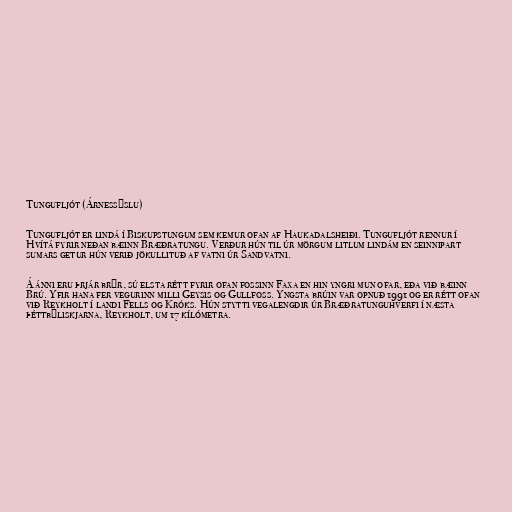
Tungufljót (Árnessýslu)

Tungufljót er lindá í Biskupstungum sem kemur ofan af Haukadalsheiði. Tungufljót rennur í
Hvítá fyrir neðan bæinn Bræðratungu. Verður hún til úr mörgum litlum lindám en seinnipart
sumars getur hún verið jökullituð af vatni úr Sandvatni.

Á ánni eru þrjár brýr, sú elsta rétt fyrir ofan fossinn Faxa en hin yngri mun ofar, eða við bæinn
Brú. Yfir hana fer vegurinn milli Geysis og Gullfoss. Yngsta brúin var opnuð 1991 og er rétt ofan
við Reykholt í landi Fells og Króks. Hún stytti vegalengdir úr Bræðratunguhverfi í næsta
þéttbýliskjarna, Reykholt, um 17 kílómetra.